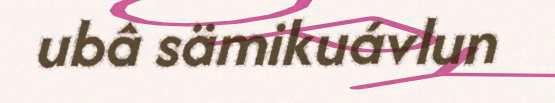
ubâ sämikuávlun